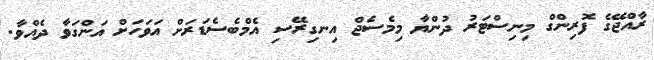
ރާއްޖޭގެ ފޮރިންގް މިނިސްޓަރު ދުންޔާ މިމެސެޖް އިނގިރޭސި އެމްބެސެޑަރަށް އަވަހަށް އަންގަވާ ދެއްވާ.